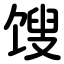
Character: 馊